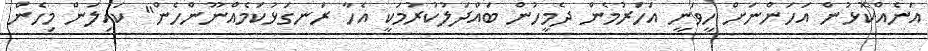
އަނެއްކޮޅުން އަހަންނަށް ހީވަނީ އަހަރުމެން ދެމީހުން ބައްދަލުކުރުމަކީ އެހާ ރަނގަޅުކަމެއްނޫންހެން" ކައިލަން މިހެން